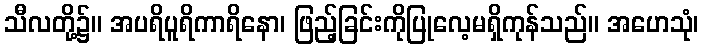
သီလတို့၌။ အပရိပူရိကာရိနော၊ ဖြည့်ခြင်းကိုပြုလေ့မရှိကုန်သည်။ အဟေသုံ၊